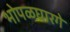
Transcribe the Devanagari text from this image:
भोपळघारगे